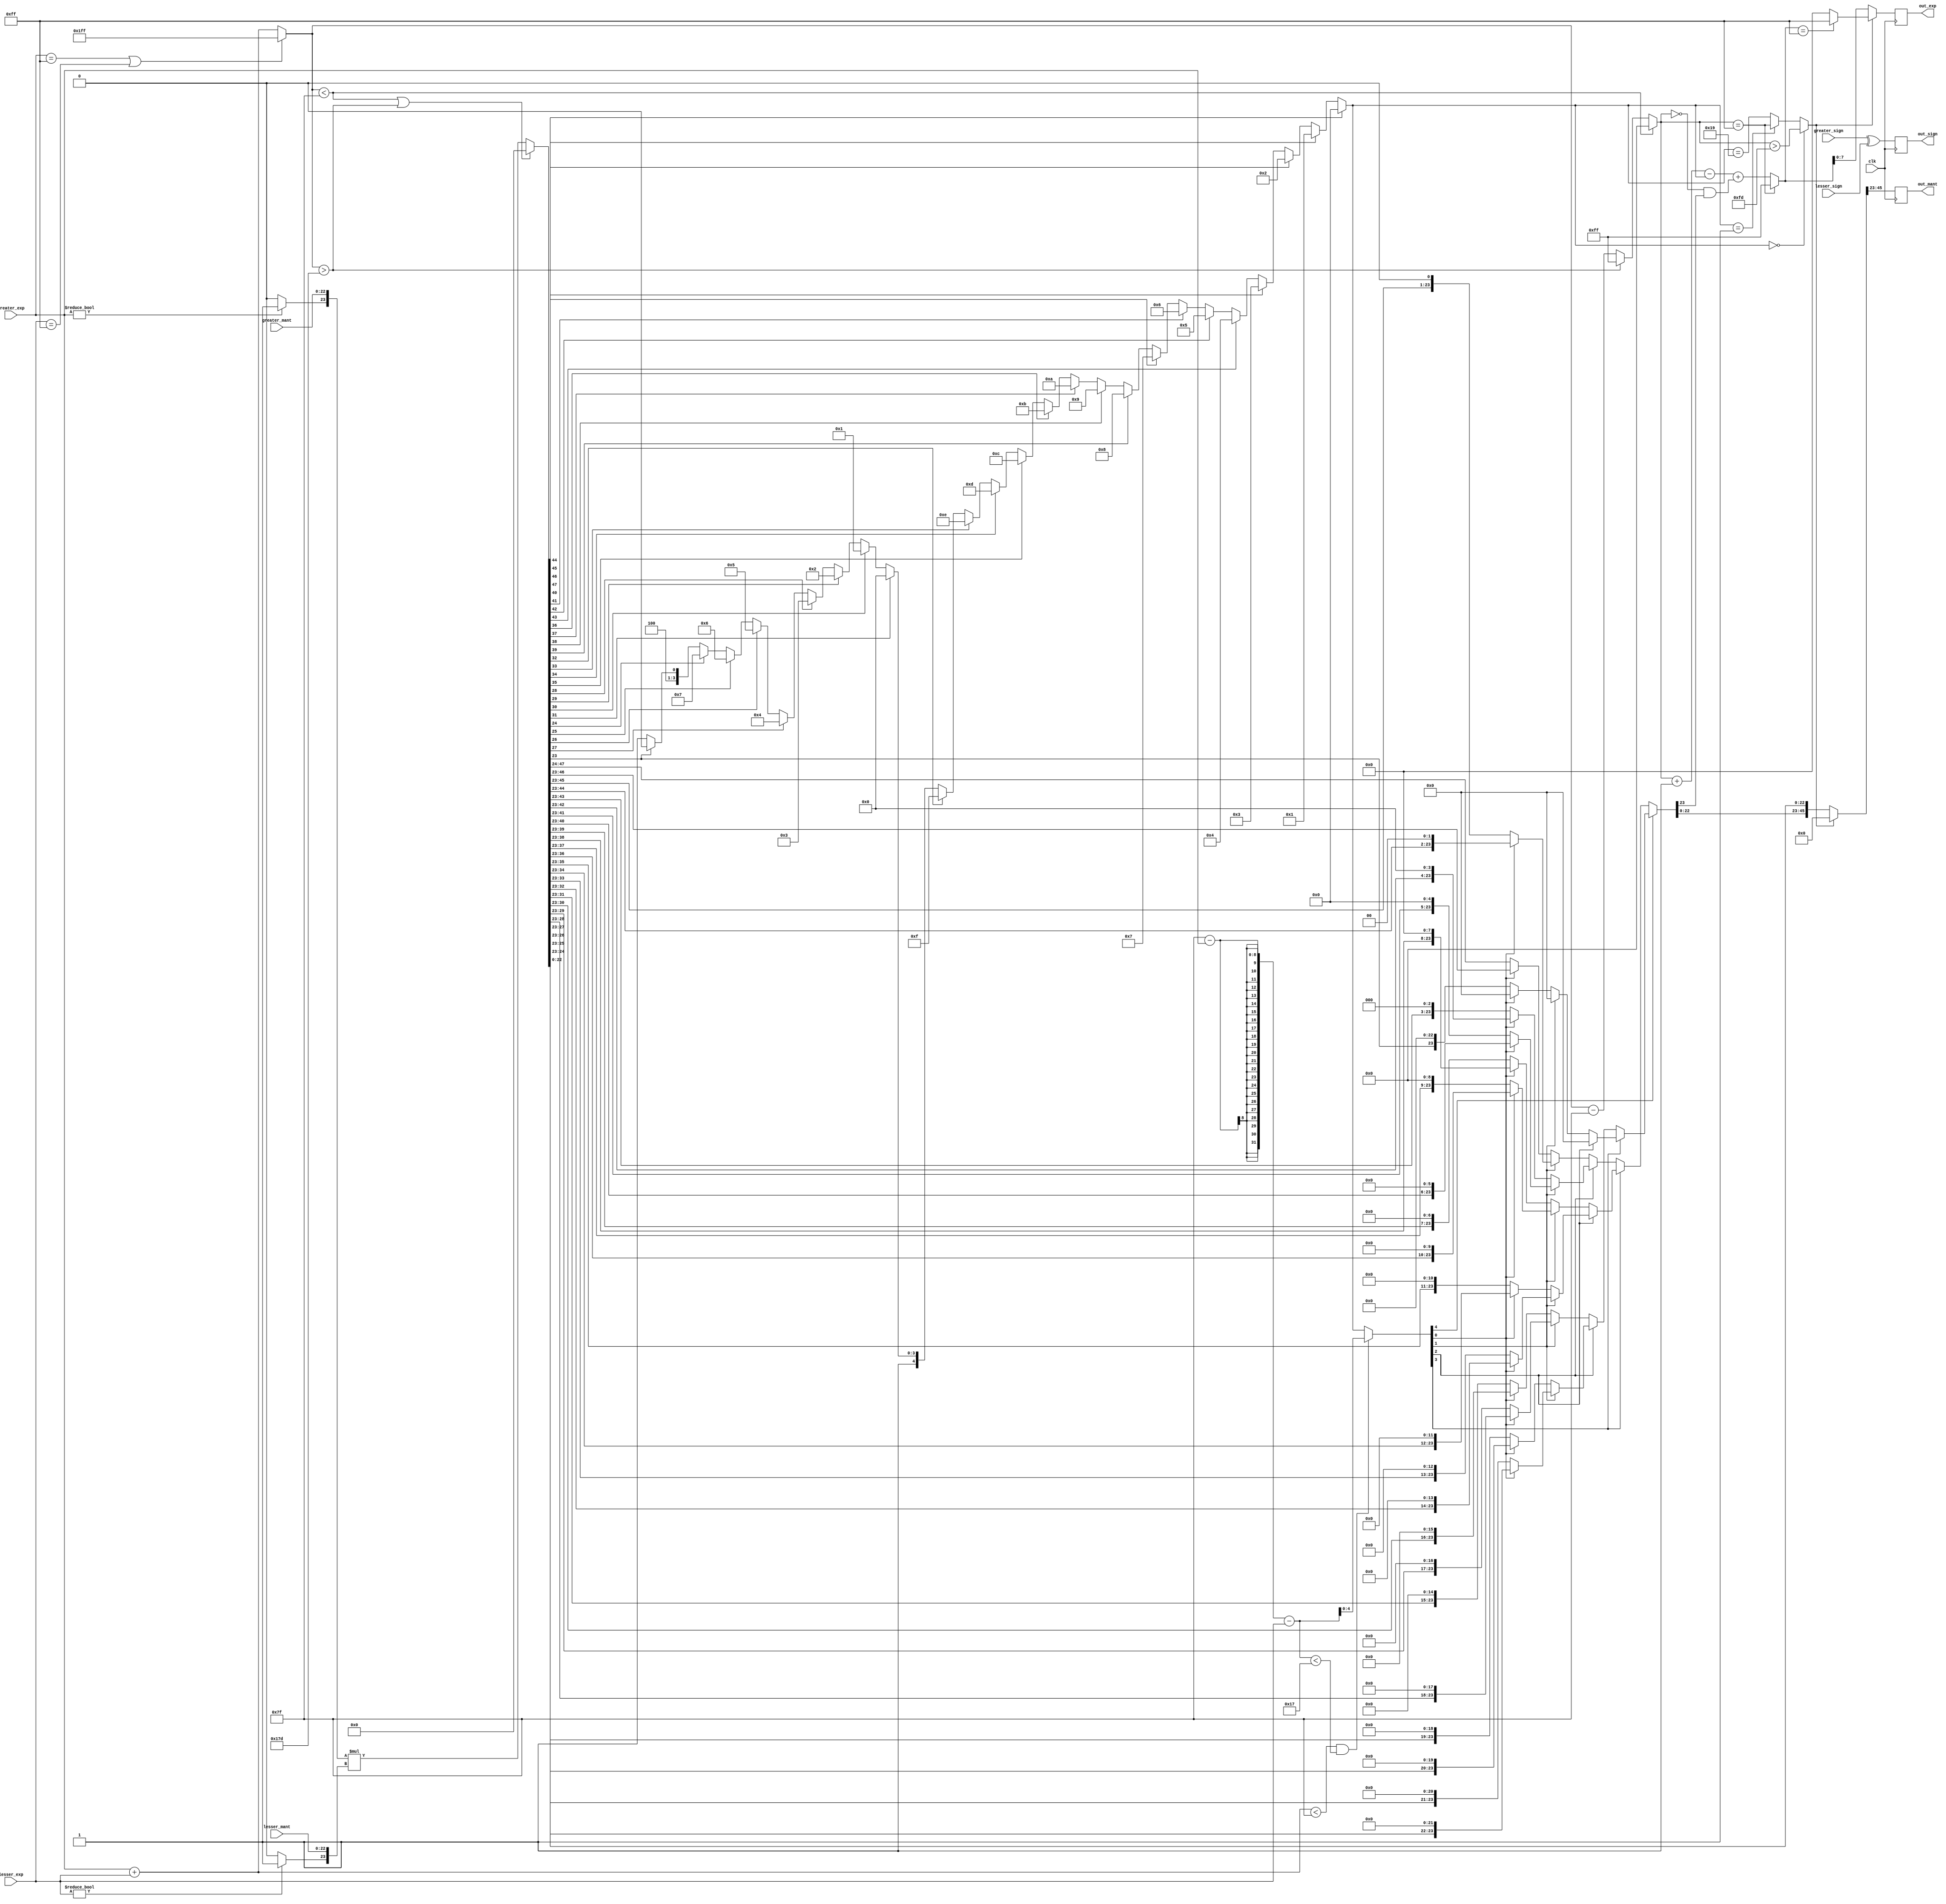
`timescale 1ns / 1ps

module MAC_32bit_mult(
input greater_sign, lesser_sign, output reg out_sign=0,
input [7:0] greater_exp, lesser_exp, output reg [7:0] out_exp=0,
input [22:0] greater_mant, lesser_mant, output reg [22:0] out_mant=0,
input clk
);
reg [47:0] inter_add=0;
reg [8:0] inter_exp=0;
reg [4:0] diff=0, diff2=0;
reg all_0=1;

always@(posedge clk)
begin
out_sign= (greater_sign^lesser_sign);
inter_add= {(greater_exp?2'b01:2'b00),greater_mant}*
{(lesser_exp?2'b01:2'b00),lesser_mant};
inter_exp= (greater_exp==255||lesser_exp==255)?511:greater_exp+lesser_exp;
inter_add= (inter_exp<127||inter_exp>381)?0:inter_add;
inter_exp= (inter_exp<127)?0:(inter_exp>381)?255:inter_exp-127;
diff= (inter_add[47])?0:(inter_add[46])?1:(inter_add[45])?2:(inter_add[44])?3:
(inter_add[43])?4:(inter_add[42])?5:(inter_add[41])?6:(inter_add[40])?7:
(inter_add[39])?8:(inter_add[38])?9:(inter_add[37])?10:(inter_add[36])?11:
(inter_add[35])?12:(inter_add[34])?13:(inter_add[33])?14:(inter_add[32])?15:
(inter_add[31])?16:(inter_add[30])?17:(inter_add[29])?18:(inter_add[28])?19:
(inter_add[27])?20:(inter_add[26])?21:(inter_add[25])?22:(inter_add[24])?23:
(inter_add[23])?24:25;
diff2= (greater_exp+lesser_exp<127 && 127-greater_exp-lesser_exp<23)?127-greater_exp-lesser_exp
:diff;
all_0= (diff==0)?(inter_exp>253):(diff==1)?(inter_exp==255):(diff==25);
inter_add[47:23]= (!diff2[4])?((!diff2[3])?((!diff2[2])?((!diff2[1])?((!diff2[0])?
{1'b0,inter_add[47:24]}:inter_add[47:23]):((!diff2[0])?{inter_add[46:23],1'd0}
:{inter_add[45:23],2'd0})):((!diff2[1])?((!diff2[0])?{inter_add[44:23],3'd0}
:{inter_add[43:23],4'd0}):((!diff2[0])?{inter_add[42:23],5'd0}:{inter_add[41:23],6'd0})))
:((!diff2[2])?((!diff2[1])?((!diff2[0])?{inter_add[40:23],7'd0}:{inter_add[39:23],8'd0})
:((!diff2[0])?{inter_add[38:23],9'd0}:{inter_add[37:23],10'd0})):((!diff2[1])?((!diff2[0])?
{inter_add[36:23],11'd0}:{inter_add[35:23],12'd0}):((!diff2[0])?{inter_add[34:23],13'd0}
:{inter_add[33:23],14'd0})))):((!diff2[3])?((!diff2[2])?((!diff2[1])?((!diff2[0])?
{inter_add[32:23],15'd0}:{inter_add[31:23],16'd0}):((!diff2[0])?{inter_add[30:23],17'd0}
:{inter_add[29:23],18'd0})):((!diff2[1])?((!diff2[0])?{inter_add[28:23],19'd0}
:{inter_add[27:23],20'd0}):((!diff2[0])?{inter_add[26:23],21'd0}:{inter_add[25:23],22'd0})))
:((!diff2[2])?((!diff2[1])?((!diff2[0])?{inter_add[24:23],23'd0}:0):((!diff2[0])?0:0))
:((!diff2[1])?((!diff2[0])?0:0):((!diff2[0])?0:0))));
inter_exp= (inter_exp==255)?255:inter_exp+1-diff+(!inter_exp&inter_add[46]);
inter_add= (all_0)?0:inter_add;
inter_exp= (all_0)?(inter_exp==255)?255:0:inter_exp;
out_mant= inter_add[45:23];
out_exp= inter_exp[7:0];
end

endmodule